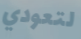
لتعودي